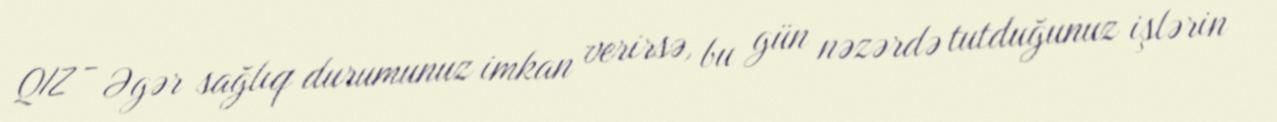
QIZ - Əgər sağlıq durumunuz imkan verirsə, bu gün nəzərdə tutduğunuz işlərin